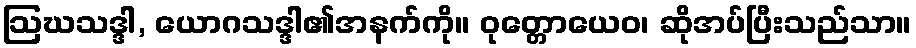
ဩဃသဒ္ဒါ, ယောဂသဒ္ဒါ၏အနက်ကို။ ဝုတ္တောယေဝ၊ ဆိုအပ်ပြီးသည်သာ။